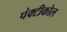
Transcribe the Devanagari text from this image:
पंक्टीकोल